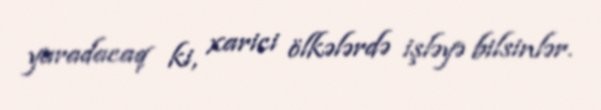
yaradacaq ki, xarici ölkələrdə işləyə bilsinlər.